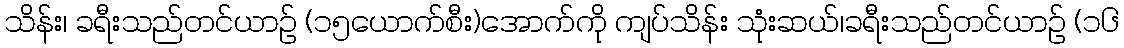
သိန်း၊ ခရီးသည်တင်ယာဉ် (၁၅ယောက်စီး)အောက်ကို ကျပ်သိန်း သုံးဆယ်၊ခရီးသည်တင်ယာဉ် (၁၆